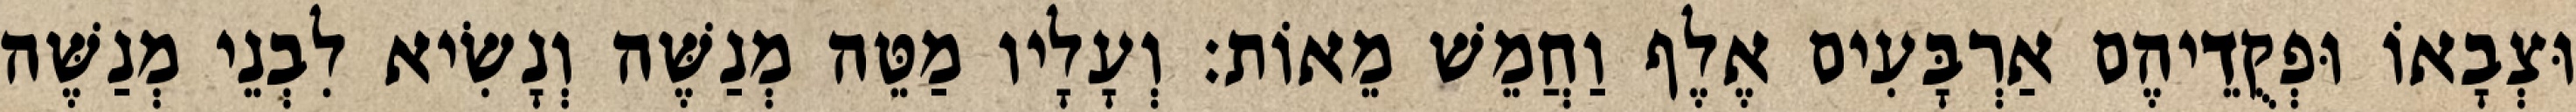
וּצְבָאוֹ וּפְקֻדֵיהֶם אַרְבָּעִים אֶלֶף וַחֲמֵשׁ מֵאוֹת׃ וְעָלָיו מַטֵּה מְנַשֶּׁה וְנָשִׂיא לִבְנֵי מְנַשֶּׁה